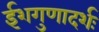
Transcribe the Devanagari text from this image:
ईशगुणादर्शः